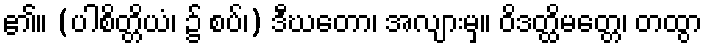
၏။ (ပါစိတ္တိယံ၊ ၌ စပ်၊) ဒီဃတော၊ အလျားမှ။ ဝိဒတ္ထိမတ္တေ၊ တထွာ